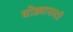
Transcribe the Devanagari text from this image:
घोड्यासाठी